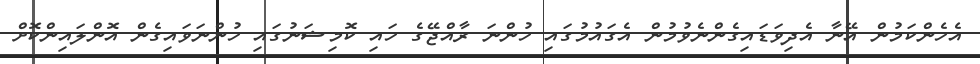
އެހެންކަމުން އޭނާ އެދިވަޑައިގެންނެވުމުން އެގައުމުގައި ހުންނަ ރާއްޖޭގެ ހައި ކޮމިޝަނުގައި ހުންނަވައިގެން އޮންލައިންކޮށް